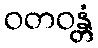
ဝတဝန္တံ